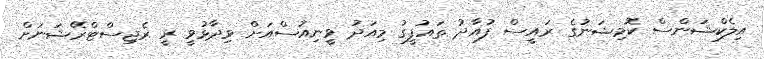
އިލެކްޝަންސް ކޮމިޝަނުގެ ރައީސް ފުއާދު ތައުފީގު މިއަދު ވީނިއުސްއަށް ވިދާޅުވީ ރީ ރެޖިސްޓްރޭޝަނަށް